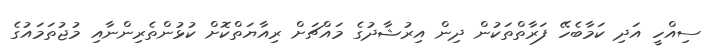
ސިއްހީ އަދި ކަމާބެހޭ ފަރާތްތަކުން ދިން އިރުޝާދުގެ މައްޗަށް ރިއާޔަތްކޮށް ކުޅުންތެރިންނާއި މުޖުތަމައުގެ